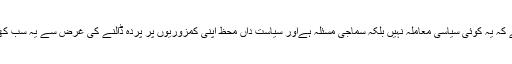
جبکہ یہ بات واضح ہے کہ یہ کوئی سیاسی معاملہ نہیں بلکہ سماجی مسئلہ ہےاور سیاست داں محظ اپنی کمزوریوں پر پردہ ڈالنے کی غرض سے یہ سب کھیل تماشا رچ رہے ہیں۔